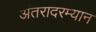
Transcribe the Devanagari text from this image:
अंतरादरम्यान